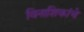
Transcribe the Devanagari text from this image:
विनाशिकांचे